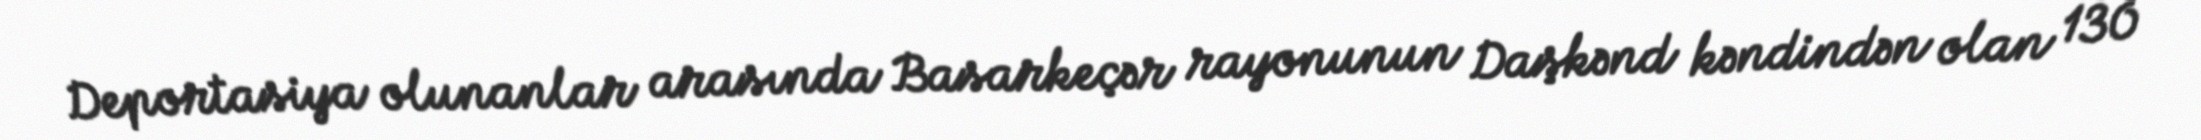
Deportasiya olunanlar arasında Basarkeçər rayonunun Daşkənd kəndindən olan 130